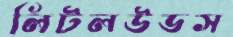
লিটলউডস